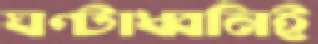
ঘণ্টাধ্বনিই